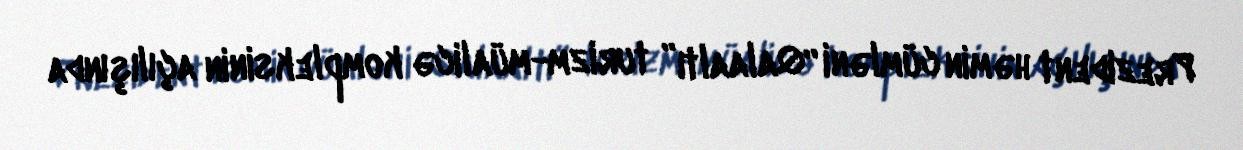
Prezident həmin cümləni “Qalaaltı” turizm-müalicə kompleksinin açılışında